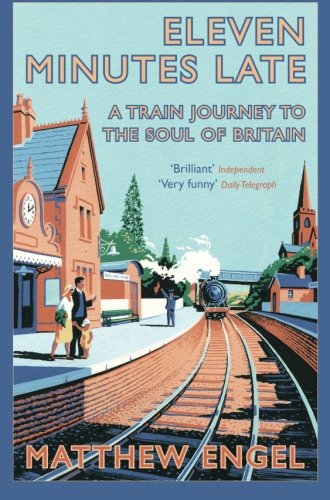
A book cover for Eleven Minutes Late: A Train Journey to the Soul of Britain; Matthew Engel; Travel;